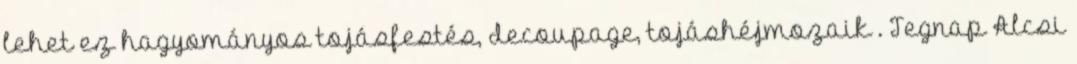
lehet ez hagyományos tojásfestés, decoupage, tojáshéjmozaik . Tegnap Alcsi